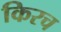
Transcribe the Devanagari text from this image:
किरच